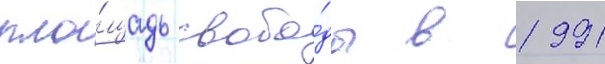
пло́щадь свобо́ды в 1991